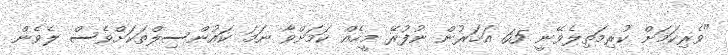
"ވެރިކަމަށް ކުރިމަތިލެވޭނީ 65 އަހަރުން ނުފުރޭ މީހެއް ކަމަށްވާ ނަމަ ކައުންސިލްތަކަށްވެސް ލެވެން